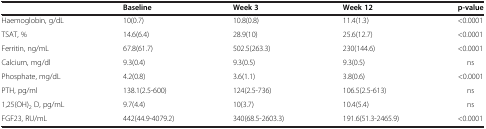
|  | Baseline | Week 3 | Week 12 | p-value |
 | --- | --- | --- | --- | --- |
 | Haemoglobin, g/dL | 10(0.7) | 10.8(0.8) | 11.4(1.3) | <0.0001 |
 | TSAT, % | 14.6(6.4) | 28.9(10) | 25.6(12.7) | <0.0001 |
 | Ferritin, ng/mL | 67.8(61.7) | 502.5(263.3) | 230(144.6) | <0.0001 |
 | Calcium, mg/dl | 9.3(0.4) | 9.3(0.5) | 9.3(0.5) | ns |
 | Phosphate, mg/dL | 4.2(0.8) | 3.6(1.1) | 3.8(0.6) | <0.0001 |
 | PTH, pg/ml | 138.1(2.5-600) | 124(2.5-736) | 106.5(2.5-613) | ns |
 | 1,25(OH)2 D, pg/mL | 9.7(4.4) | 10(3.7) | 10.4(5.4) | ns |
 | FGF23, RU/mL | 442(44.9-4079.2) | 340(68.5-2603.3) | 191.6(51.3-2465.9) | <0.0001 |